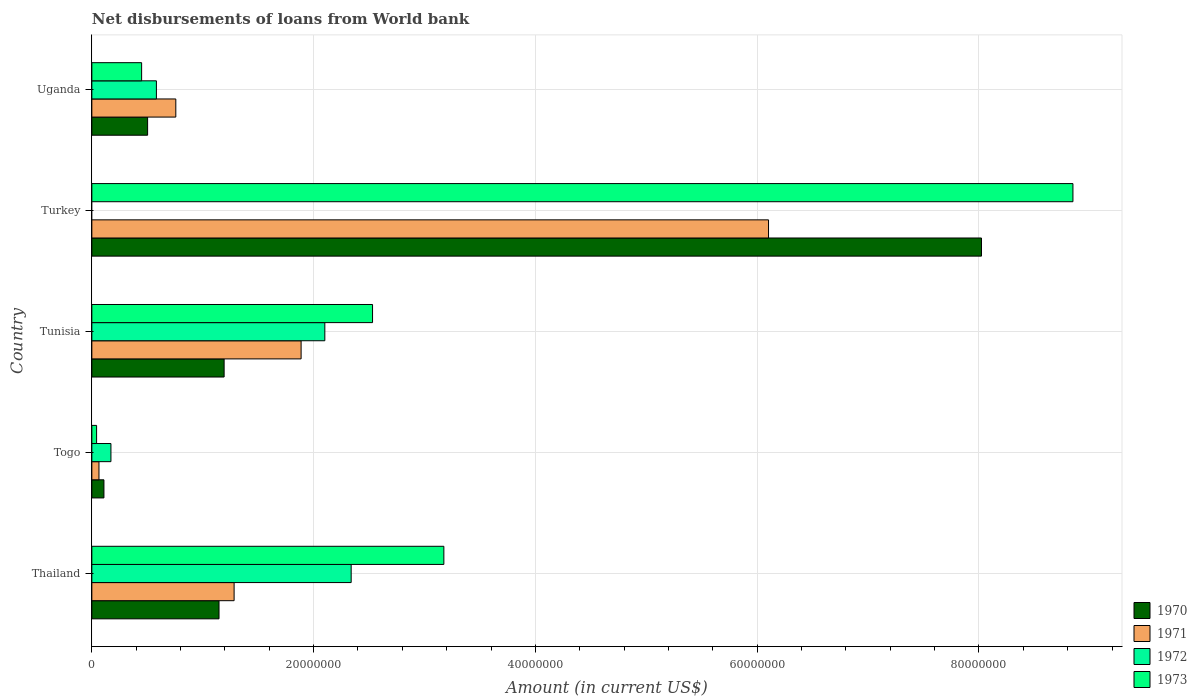
| Country | 1970 | 1971 | 1972 | 1973 |
 | --- | --- | --- | --- | --- |
 | Thailand | 1.15e+07 | 1.28e+07 | 2.34e+07 | 3.17e+07 |
 | Togo | 1.09e+06 | 6.42e+05 | 1.72e+06 | 4.29e+05 |
 | Tunisia | 1.19e+07 | 1.89e+07 | 2.1e+07 | 2.53e+07 |
 | Turkey | 8.02e+07 | 6.1e+07 | -1.31e+07 | 8.85e+07 |
 | Uganda | 5.03e+06 | 7.57e+06 | 5.82e+06 | 4.49e+06 |